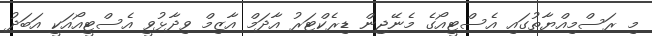
މި ރަސްމިއްޔާތުގައި އެސްޓީއޯގެ މެނޭޖިން ޑިރެކްޓަރު އާދަމް އާޒިމް ވިދާޅުވީ އެސްޓީއޯއަކީ އަބަދު